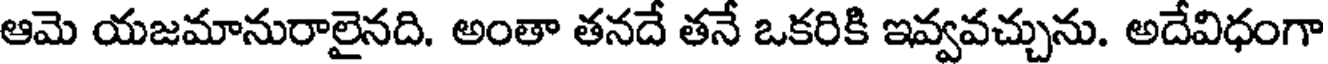
ఆమె యజమానురాలైనది. అంతా తనదే తనే ఒకరికి ఇవ్వవచ్చును. అదేవిధంగా